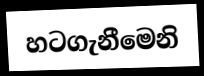
හටගැනීමෙනි